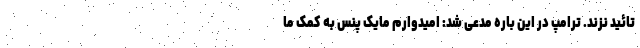
تائید نزند. ترامپ در این باره مدعی شد: امیدوارم مایک پنس به کمک ما